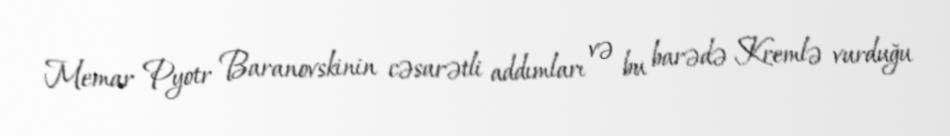
Memar Pyotr Baranovskinin cəsarətli addımları və bu barədə Kremlə vurduğu